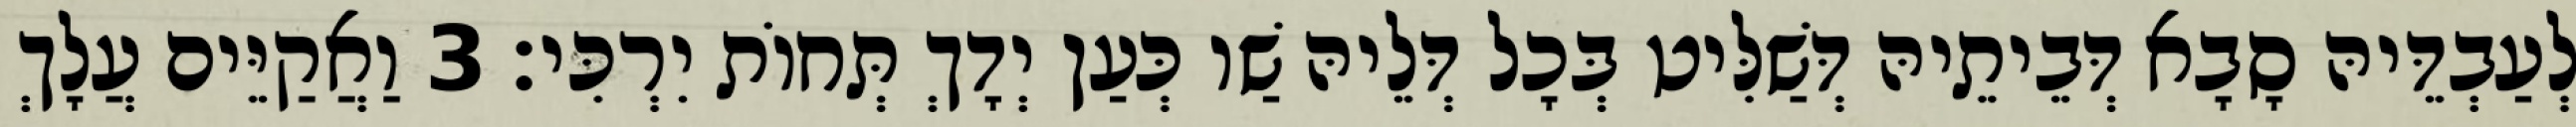
לְעַבְדֵּיהּ סָבָא דְּבֵיתֵיהּ דְּשַׁלִּיט בְּכָל דְּלֵיהּ שַׁו כְּעַן יְדָךְ תְּחוֹת יִרְכִּי׃ 3 וַאֲקַיֵּים עֲלָךְ